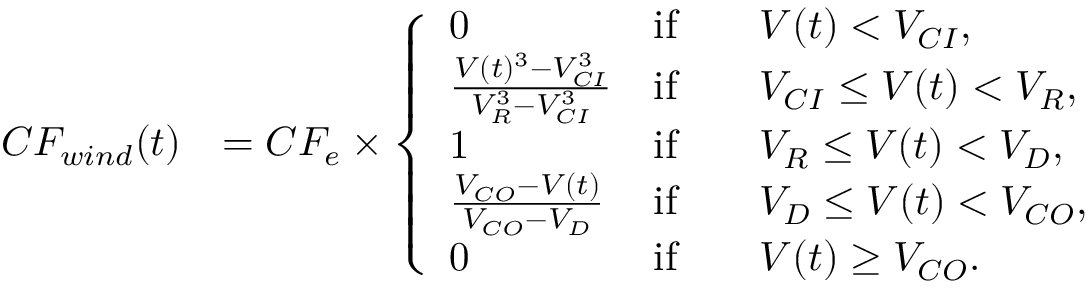
\begin{array} { r l } { C F _ { w i n d } ( t ) } & { = C F _ { e } \times \left\{ \begin{array} { l l } { 0 } & { \mathrm { i f } \qquad V ( t ) < V _ { C I } , } \\ { \frac { V ( t ) ^ { 3 } - V _ { C I } ^ { 3 } } { V _ { R } ^ { 3 } - V _ { C I } ^ { 3 } } } & { \mathrm { i f } \qquad V _ { C I } \leq V ( t ) < V _ { R } , } \\ { 1 } & { \mathrm { i f } \qquad V _ { R } \leq V ( t ) < V _ { D } , } \\ { \frac { V _ { C O } - V ( t ) } { V _ { C O } - V _ { D } } } & { \mathrm { i f } \qquad V _ { D } \leq V ( t ) < V _ { C O } , } \\ { 0 } & { \mathrm { i f } \qquad V ( t ) \geq V _ { C O } . } \end{array} \right. } \end{array}